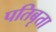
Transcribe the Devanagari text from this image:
पतिबृता